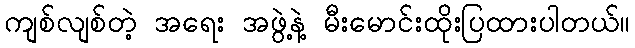
ကျစ်လျစ်တဲ့ အရေး အဖွဲ့နဲ့ မီးမောင်းထိုးပြထားပါတယ်။